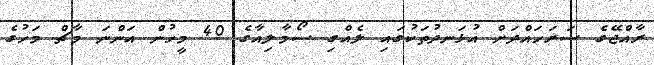
ރާއްޖޭގެ ސަރަހައްދަށް އުޅަނދުތަކުގައި ލެއްގި ސޯމާލިއާގެ 40 މީހުން އަންނަ މާޗް މަހުގެ